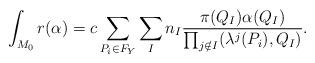
LaTeX: \begin{align*} \int_{M_0} r (\alpha) = c \sum_{P_i \in F_Y} \sum_I n_I \frac{\pi(Q_I)\alpha(Q_I)}{\prod_{j \notin I} (\lambda^j(P_i),Q_I)}.\end{align*}